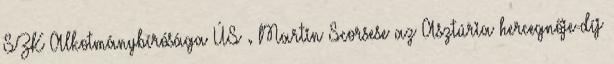
SZK Alkotmánybírósága ÚS . Martin Scorsese az Asztúria hercegnője-díj